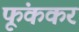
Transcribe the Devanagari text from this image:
फूंककर